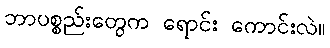
ဘာပစ္စည်းတွေက ရောင်း ကောင်းလဲ။